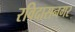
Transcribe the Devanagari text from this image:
रविदासनगर